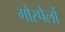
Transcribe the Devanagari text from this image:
गोस्पेलों